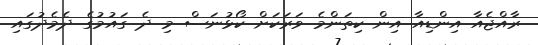
ރާއްޖެއާ އިންޑިއާ އިން ކިތަންމެ ވަރަކަށް ކޯޅުނަސް މި ދެ ގައުމުގެ ދެމެދުގައި